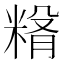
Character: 𥺵